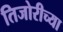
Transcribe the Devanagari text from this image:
तिजोरीच्या